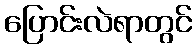
ပြောင်းလဲရာတွင်